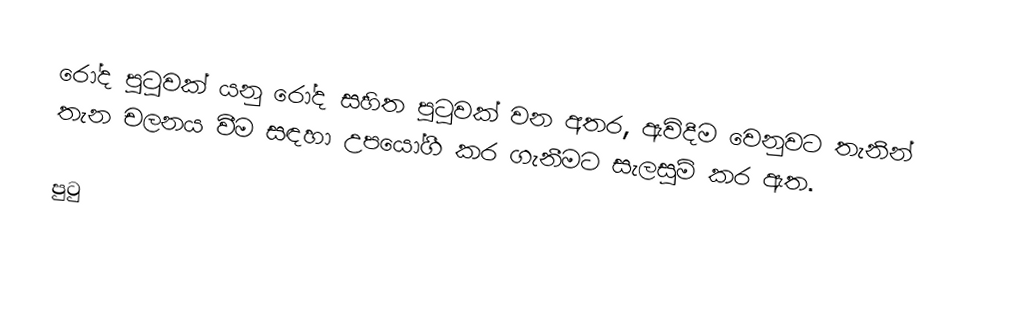
රෝද පුටුවක් යනු රෝද සහිත පුටුවක් වන අතර, ඇවිදීම වෙනුවට තැනින් තැන චලනය වීම සඳහා උපයෝගී කර ගැනීමට සැලසුම් කර ඇත.

පුටු